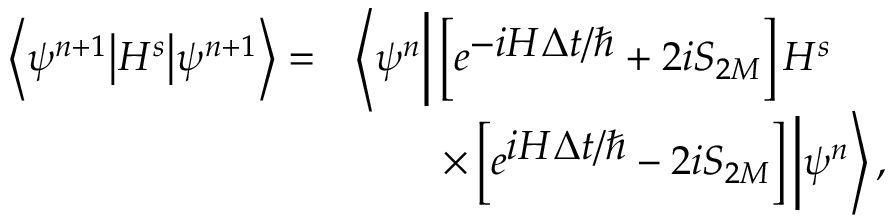
\begin{array} { l l } { \left\langle \psi ^ { n + 1 } \big | H ^ { s } \big | \psi ^ { n + 1 } \right\rangle = } & { \left\langle \psi ^ { n } \bigg | \left[ e ^ { \textstyle - i H \Delta t / \hbar } + 2 i S _ { 2 M } \right] H ^ { s } \right. } \\ & { ~ ~ ~ ~ ~ ~ \left. \times \left[ e ^ { \textstyle i H \Delta t / \hbar } - 2 i S _ { 2 M } \right] \bigg | \psi ^ { n } \right\rangle , } \end{array}